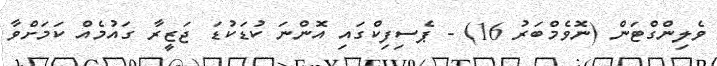
ވެލިންގްޓަން (ނޮވެމްބަރު 16) - ޕެސިފިކްގައި އޮންނަ ކުޑަކުޑަ ޖަޒީރާ ގައުމެއް ކަމަށްވާ